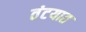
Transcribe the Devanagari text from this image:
तंटयात